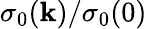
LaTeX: \sigma_{0}(\mathbf{k})/\sigma_{0}(0)